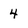
Character: 4